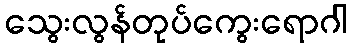
သွေးလွန်တုပ်ကွေးရောဂါ